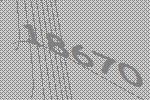
18670